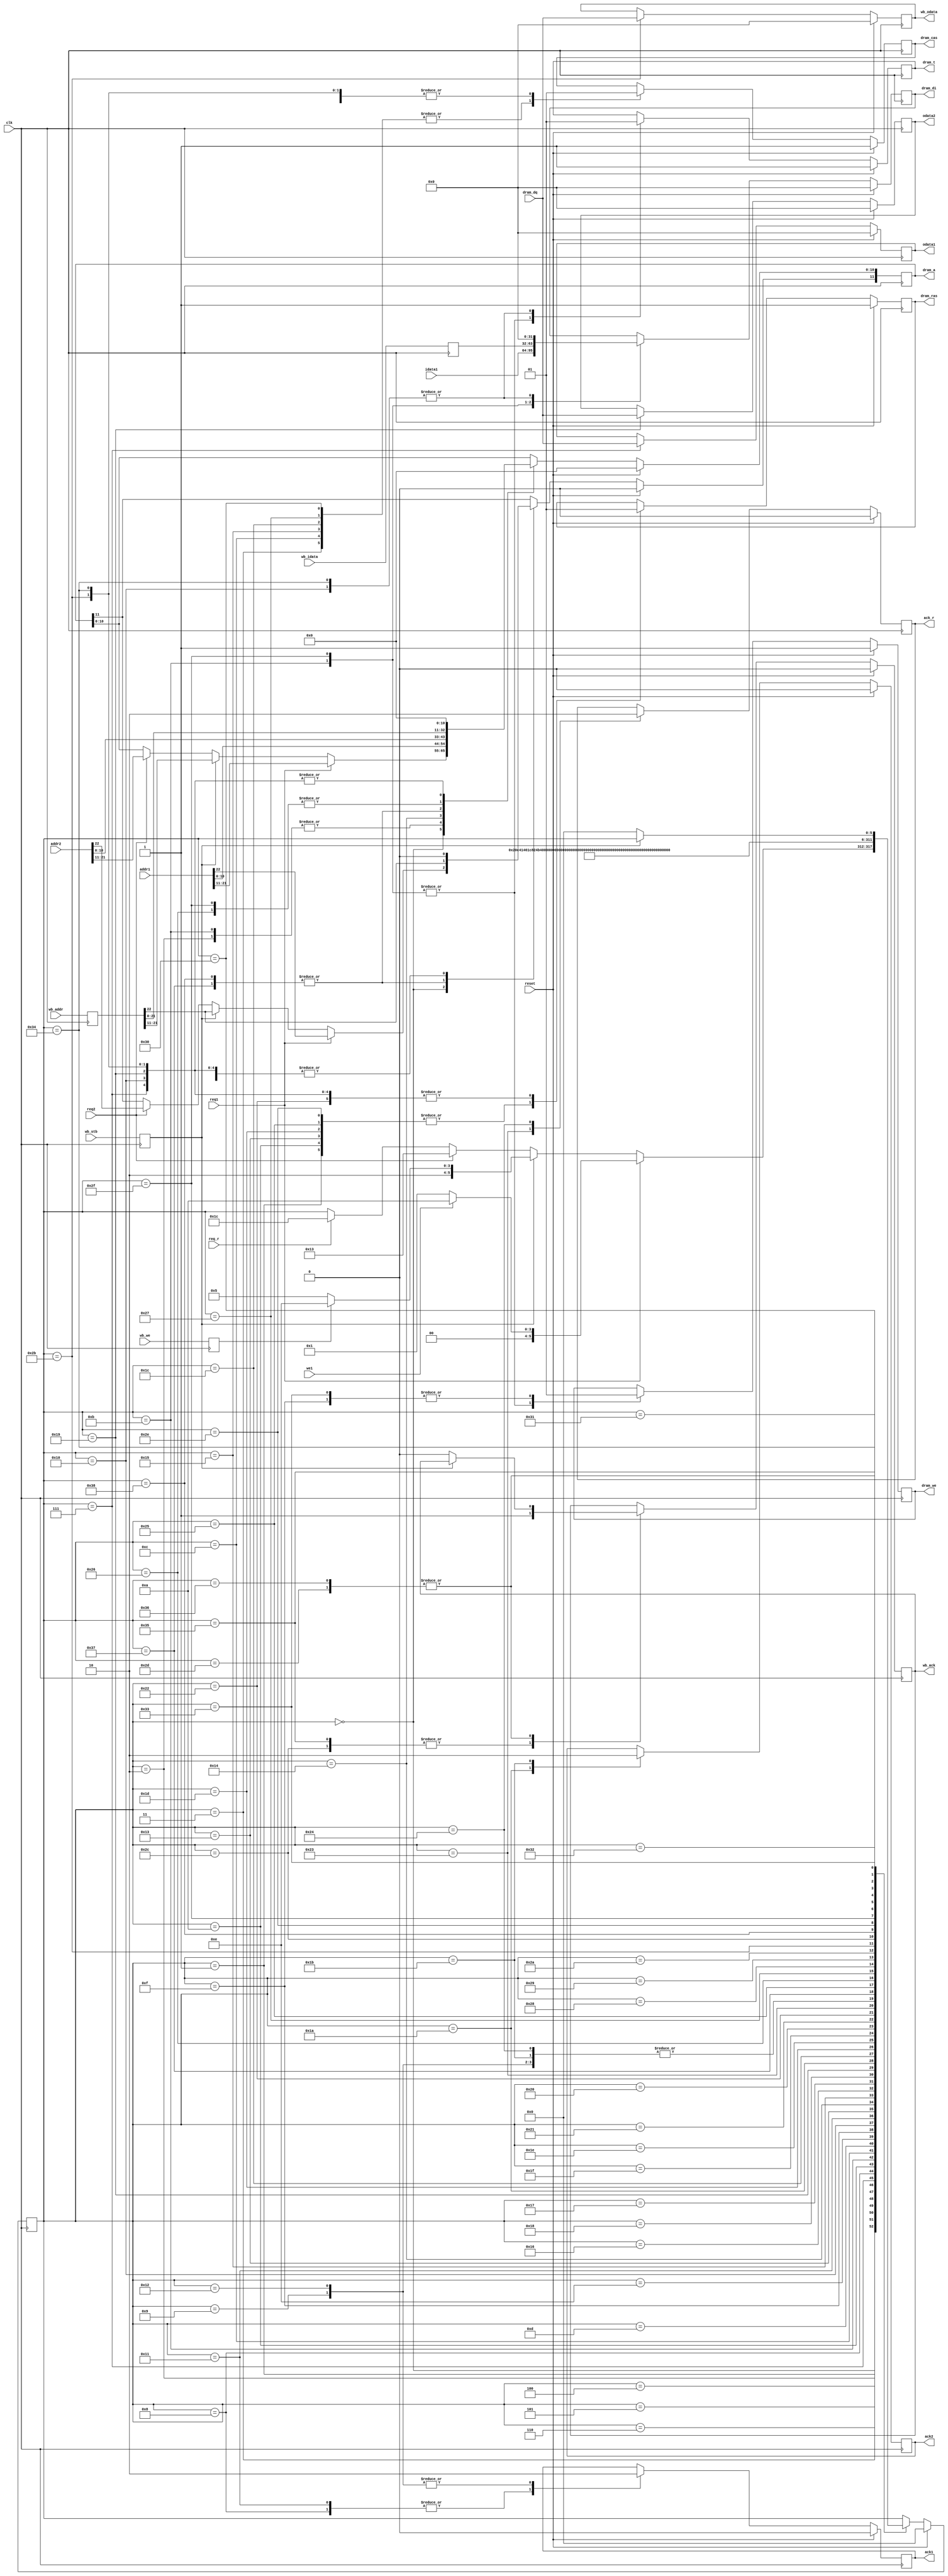
`timescale 1ns / 1ps
//////////////////////////////////////////////////////////////////////////////////
// Company: 
// Engineer: 
// 
// Design Name: 
// Module Name:    dram_ctrl 
// Project Name: 
// Target Devices: 
// Tool versions: 
// Description: 
//
// Dependencies: 
//
// Revision: 
// Revision 0.01 - File Created
// Additional Comments: 
//
//////////////////////////////////////////////////////////////////////////////////
module dram_ctrl(
    addr1,
    idata1,
    req1,
    we1,
    odata1,
    ack1,
    addr2,
    req2,
    odata2,
    ack2,
    clk,
    reset,
    dram_dq,
    dram_di,
    dram_t,
    dram_a,
    dram_we,
    dram_ras,
    dram_cas,
	 req_r,
	 ack_r,
	 wb_addr,
	 wb_idata,
	 wb_odata,
	 wb_stb,
	 wb_we,
	 wb_ack
	 
    );

    input [23:0] addr1;
    input [31:0] idata1;
    input req1;
    input we1;
    output [31:0] odata1;
    output ack1;
    input [23:0] addr2;
    input req2;
    output [31:0] odata2;
    output ack2;
    input clk;
    input reset;
    input [31:0] dram_dq;
    output [31:0] dram_di;
    output dram_t;
    output [11:0] dram_a;
    output dram_we;
    output dram_ras;
    output dram_cas;
    input req_r;
    output ack_r;
	 input [22:0] wb_addr;
	 input [31:0] wb_idata;
	 output [31:0] wb_odata;
	 input wb_stb;
	 input wb_we;
	 output wb_ack;

	 
	 `define STATE_IDLE 0
	 `define STATE_READ1_0 1
	 `define STATE_READ1_1 2
	 `define STATE_READ1_2 3
	 `define STATE_READ1_3 4
	 `define STATE_READ1_4 5
	 `define STATE_READ1_5 6
	 `define STATE_READ1_6 7
	 `define STATE_READ1_7 8
	 `define STATE_READ1_8 9

	 `define STATE_WRITE1_0 10
	 `define STATE_WRITE1_1 11
	 `define STATE_WRITE1_2 12
	 `define STATE_WRITE1_3 13
	 `define STATE_WRITE1_4 14
	 `define STATE_WRITE1_5 15
	 `define STATE_WRITE1_6 16
	 `define STATE_WRITE1_7 17
	 `define STATE_WRITE1_8 18
	 
	 `define STATE_READ2_0 19
	 `define STATE_READ2_1 20
	 `define STATE_READ2_2 21
	 `define STATE_READ2_3 22
	 `define STATE_READ2_4 23
	 `define STATE_READ2_5 24
	 `define STATE_READ2_6 25
	 `define STATE_READ2_7 26
	 `define STATE_READ2_8 27
	 
	 `define STATE_REFR_0 28
	 `define STATE_REFR_1 29
	 `define STATE_REFR_2 30
	 `define STATE_REFR_3 31
	 `define STATE_REFR_4 32
	 `define STATE_REFR_5 33
	 `define STATE_REFR_6 34
	 `define STATE_REFR_7 35
	 `define STATE_REFR_8 36
	 
	 `define STATE_READWB_S 55
	 `define STATE_READWB_0 37
	 `define STATE_READWB_1 38
	 `define STATE_READWB_2 39
	 `define STATE_READWB_3 40
	 `define STATE_READWB_4 41
	 `define STATE_READWB_5 42
	 `define STATE_READWB_6 43
	 `define STATE_READWB_7 44
	 `define STATE_READWB_8 45

	 `define STATE_WRITEWB_S 56
	 `define STATE_WRITEWB_0 46
	 `define STATE_WRITEWB_1 47
	 `define STATE_WRITEWB_2 48
	 `define STATE_WRITEWB_3 49
	 `define STATE_WRITEWB_4 50
	 `define STATE_WRITEWB_5 51
	 `define STATE_WRITEWB_6 52
	 `define STATE_WRITEWB_7 53
	 `define STATE_WRITEWB_8 54

	 reg [5:0] state;
	 reg dram_we;
	 reg dram_ras;
	 reg dram_cas;
	 reg [11:0] dram_a;
	 reg dram_t;
	 reg [31:0] dram_di;
	 reg ack1;
	 reg ack2;
	 reg ack_r;
	 reg [31:0] odata1;
	 reg [31:0] odata2;
	 reg [31:0] wb_odata;
	 reg wb_ack;

	 reg [22:0] wb_addr_resync;
	 reg [31:0] wb_idata_resync;
	 reg wb_stb_resync;
	 reg wb_we_resync;

	 always @(posedge clk)
	   begin
		 wb_addr_resync <= wb_addr;
		 wb_idata_resync <= wb_idata;
		 wb_stb_resync <= wb_stb;
		 wb_we_resync <= wb_we;
		end

	 always @(posedge clk)
	 begin
		if (reset == 1)
		 begin
			state <= 0;
			dram_we <= 1;
			dram_ras <= 1;
			dram_cas <= 1;
			dram_a <= 0;
			dram_t <= 1;
			dram_di <= 0;
			ack1 <= 0;
			ack2 <= 0;
			ack_r <= 0;
			odata1 <= 0;
			odata2 <= 0;
			wb_odata <= 0;
			wb_ack <= 0;
		 end
		else
		 case (state)
			`STATE_IDLE: 
				begin
				 if (req1 == 1)
				   begin
					  dram_a[11:0] <= addr1[22:11];
					  if (we1 == 1)
					    begin
							state <= `STATE_WRITE1_0;
						 end
					  else
					    begin
							state <= `STATE_READ1_0;
						 end
					end
				 else if (wb_stb_resync == 1)
				   begin
					  dram_a[11:0] <= wb_addr_resync[22:11];
					  if (wb_we_resync == 1)
					    begin
							state <= `STATE_WRITEWB_0;
						 end
					  else
					    begin
							state <= `STATE_READWB_0;
						 end
					end
			    else if (req2 == 1)
				   begin
					  dram_a[11:0] <= addr2[22:11];
					  state <= `STATE_READ2_0;
					end
			    else if (req_r == 1)
				   begin
					  state <= `STATE_REFR_0;
					end
				end
				
			`STATE_READ1_0: 
				begin
					dram_ras <= 0;
					state <= `STATE_READ1_1;
				end
			`STATE_READ1_1: 
				begin
					dram_a[10:0] <= addr1[10:0];
					dram_a[11] <= 0;
					state <= `STATE_READ1_2;
				end
			`STATE_READ1_2: 
				begin
					dram_cas <= 0;
					state <= `STATE_READ1_3;
				end
			`STATE_READ1_3: 
				state <= `STATE_READ1_4;
			`STATE_READ1_4: 
				state <= `STATE_READ1_5;
			`STATE_READ1_5: 
				state <= `STATE_READ1_6;
			`STATE_READ1_6: 
			   begin
					dram_ras <= 1;
					dram_cas <= 1;
					dram_a[11:0] <= 0;
					odata1 <= dram_dq;
					state <= `STATE_READ1_7;
				end
			`STATE_READ1_7:			
			   begin
					ack1 <= 1;
					state <= `STATE_READ1_8;
				end
			`STATE_READ1_8:			
			   begin
					ack1 <= 0;
					state <= `STATE_IDLE;
				end

			`STATE_WRITE1_0: 
				begin
					dram_ras <= 0;
					state <= `STATE_WRITE1_1;
				end
			`STATE_WRITE1_1: 
				begin
					dram_a[10:0] <= addr1[10:0];
					dram_a[11] <= 0;
					dram_we <= 0;
					dram_di <= idata1;
					dram_t <= 0;
					state <= `STATE_WRITE1_2;
				end
			`STATE_WRITE1_2: 
				begin
					dram_cas <= 0;
					state <= `STATE_WRITE1_3;
				end
			`STATE_WRITE1_3: 
				state <= `STATE_WRITE1_4;
			`STATE_WRITE1_4: 
				state <= `STATE_WRITE1_5;
			`STATE_WRITE1_5: 
			   begin
					dram_we <= 1;
					state <= `STATE_WRITE1_6;
				end
			`STATE_WRITE1_6: 
			   begin
					dram_ras <= 1;
					dram_cas <= 1;
					dram_a[11:0] <= 0;
					dram_t <= 1;
					dram_di <= 0;
					state <= `STATE_WRITE1_7;
				end
			`STATE_WRITE1_7:			
			   begin
					ack1 <= 1;
					state <= `STATE_WRITE1_8;
				end
			`STATE_WRITE1_8:			
			   begin
					ack1 <= 0;
					state <= `STATE_IDLE;
				end


			`STATE_READ2_0: 
				begin
					dram_ras <= 0;
					state <= `STATE_READ2_1;
				end
			`STATE_READ2_1: 
				begin
					dram_a[10:0] <= addr2[10:0];
					dram_a[11] <= 0;
					state <= `STATE_READ2_2;
				end
			`STATE_READ2_2: 
				begin
					dram_cas <= 0;
					state <= `STATE_READ2_3;
				end
			`STATE_READ2_3: 
				state <= `STATE_READ2_4;
			`STATE_READ2_4: 
				state <= `STATE_READ2_5;
			`STATE_READ2_5: 
				state <= `STATE_READ2_6;
			`STATE_READ2_6: 
			   begin
					dram_ras <= 1;
					dram_cas <= 1;
					dram_a[11:0] <= 0;
					odata2 <= dram_dq;
					state <= `STATE_READ2_7;
				end
			`STATE_READ2_7:			
			   begin
					ack2 <= 1;
					state <= `STATE_READ2_8;
				end
			`STATE_READ2_8:			
			   begin
					ack2 <= 0;
					state <= `STATE_IDLE;
				end


			`STATE_REFR_0: 
				begin
					dram_cas <= 0;
					state <= `STATE_REFR_1;
				end
			`STATE_REFR_1: 
				begin
					dram_ras <= 0;
					state <= `STATE_REFR_2;
				end
			`STATE_REFR_2: 
				begin
					state <= `STATE_REFR_3;
				end
			`STATE_REFR_3: 
			   begin
				  state <= `STATE_REFR_4;
				  dram_cas <= 1;
				end
			`STATE_REFR_4: 
				state <= `STATE_REFR_5;
			`STATE_REFR_5: 
				state <= `STATE_REFR_6;
			`STATE_REFR_6: 
			   begin
					dram_ras <= 1;
					state <= `STATE_REFR_7;
				end
			`STATE_REFR_7:			
			   begin
					ack_r <= 1;
					state <= `STATE_REFR_8;
				end
			`STATE_REFR_8:			
			   begin
					ack_r <= 0;
					state <= `STATE_IDLE;
				end


			`STATE_READWB_S: 
				begin
				   dram_a[11:0] <= wb_addr_resync[22:11];
					state <= `STATE_READWB_0;
				end
			`STATE_READWB_0: 
				begin
					dram_ras <= 0;
					state <= `STATE_READWB_1;
				end
			`STATE_READWB_1: 
				begin
					dram_a[10:0] <= wb_addr_resync[10:0];
					dram_a[11] <= 0;
					state <= `STATE_READWB_2;
				end
			`STATE_READWB_2: 
				begin
					dram_cas <= 0;
					state <= `STATE_READWB_3;
				end
			`STATE_READWB_3: 
				state <= `STATE_READWB_4;
			`STATE_READWB_4: 
				state <= `STATE_READWB_5;
			`STATE_READWB_5: 
				state <= `STATE_READWB_6;
			`STATE_READWB_6: 
			   begin
					dram_ras <= 1;
					dram_cas <= 1;
					dram_a[11:0] <= 0;
					wb_odata <= dram_dq;
					state <= `STATE_READWB_7;
				end
			`STATE_READWB_7:			
			   begin
					wb_ack <= 1;
					state <= `STATE_READWB_8;
				end
			`STATE_READWB_8:			
			   begin
				   if (wb_stb_resync == 0)
					  begin
						wb_ack <= 0;
						state <= `STATE_IDLE;
					  end
				end

			`STATE_WRITEWB_S: 
				begin
				   dram_a[11:0] <= wb_addr_resync[22:11];
					state <= `STATE_WRITEWB_0;
				end
			`STATE_WRITEWB_0: 
				begin
					dram_ras <= 0;
					state <= `STATE_WRITEWB_1;
				end
			`STATE_WRITEWB_1: 
				begin
					dram_a[10:0] <= wb_addr_resync[10:0];
					dram_a[11] <= 0;
					dram_we <= 0;
					dram_di <= wb_idata_resync;
					dram_t <= 0;
					state <= `STATE_WRITEWB_2;
				end
			`STATE_WRITEWB_2: 
				begin
					dram_cas <= 0;
					state <= `STATE_WRITEWB_3;
				end
			`STATE_WRITEWB_3: 
				state <= `STATE_WRITEWB_4;
			`STATE_WRITEWB_4: 
				state <= `STATE_WRITEWB_5;
			`STATE_WRITEWB_5: 
			   begin
					dram_we <= 1;
					state <= `STATE_WRITEWB_6;
				end
			`STATE_WRITEWB_6: 
			   begin
					dram_ras <= 1;
					dram_cas <= 1;
					dram_a[11:0] <= 0;
					dram_t <= 1;
					dram_di <= 0;
					state <= `STATE_WRITEWB_7;
				end
			`STATE_WRITEWB_7:			
			   begin
					wb_ack <= 1;
					state <= `STATE_WRITEWB_8;
				end
			`STATE_WRITEWB_8:			
			   begin
				   if (wb_stb_resync == 0)
					  begin
						wb_ack <= 0;
						state <= `STATE_IDLE;
					  end
				end
		 endcase
	 end


endmodule